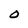
Character: O